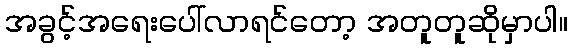
အခွင့်အရေးပေါ်လာရင်တော့ အတူတူဆိုမှာပါ။